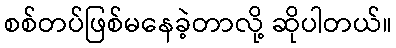
စစ်တပ်ဖြစ်မနေခဲ့တာလို့ ဆိုပါတယ်။